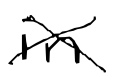
Text: in
Cross-out: cross
Writing tool: digital_black